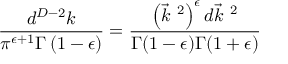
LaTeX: \frac { d ^ { D - 2 } k } { \pi ^ { \epsilon + 1 } \Gamma \left( 1 - \epsilon \right) } = \frac { \left( \vec { k } ^ { ~ 2 } \right) ^ { \epsilon } d \vec { k } ^ { ~ 2 } } { \Gamma ( 1 - \epsilon ) \Gamma ( 1 + \epsilon ) }